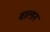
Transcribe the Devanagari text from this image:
वाल्डन